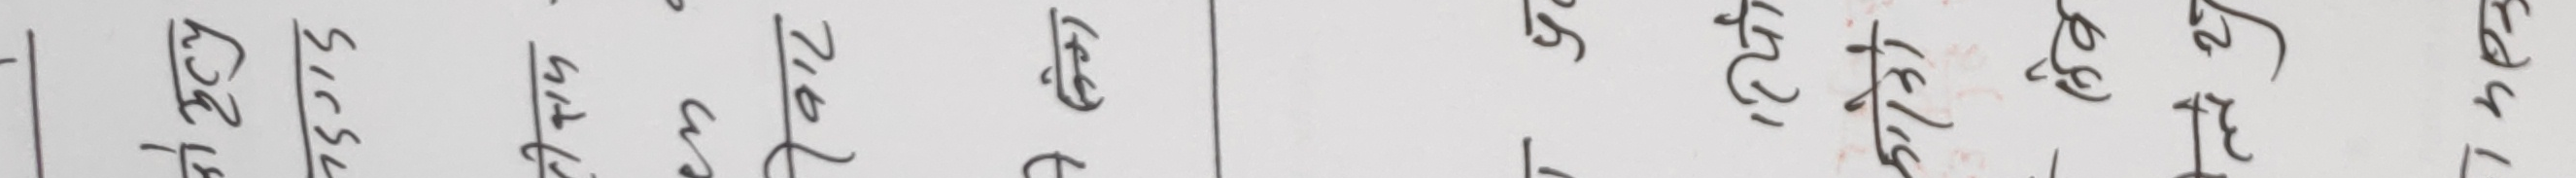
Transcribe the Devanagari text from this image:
४३.२४
३०.५
२८.७
५८.१
२९.६
५७.३
३२.७
२२.६
२१.७
३१.५
२७.०
३५.७